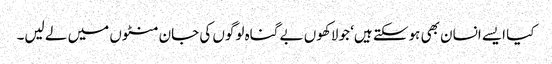
کیا ایسے انسان بھی ہوسکتے ہیں‘ جو لاکھوں بے گناہ لوگوں کی جان منٹوں میں لے لیں۔